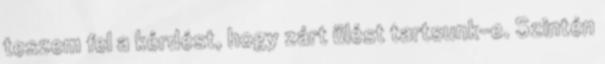
teszem fel a kérdést, hogy zárt ülést tartsunk-e. Szintén